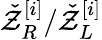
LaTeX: \check{\mathcal{Z}}_{R}^{[i]}/\check{\mathcal{Z}}_{L}^{[i]}